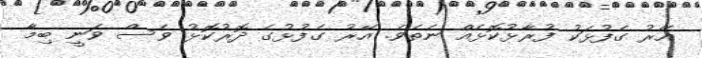
އޭރު ގެފުޅަކު ފުރާޅުކޮޅެއް ނެތެވެ. އޭރު ގެފުޅުގެ ދޮރުކޮޅު ވެސް ވަނީ ބިމާ